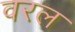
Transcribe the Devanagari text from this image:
वरल